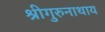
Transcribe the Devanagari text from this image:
श्रीगुरुनाथाय